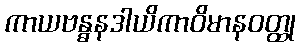
ကာယဗန္ဓနဒါယိကာဝိမာနဝတ္ထု